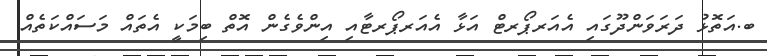
ބ.އަތޮޅު ދަރަވަންދޫގައި އެއަރޕޯރޓް އަޅާ އެއަރޕޯރޓާއި އިންވެގެން އޮތް ބިމަކީ އެތައް މަސައްކަތެއް